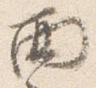
面